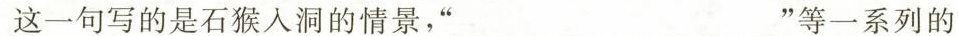
这一句写的是石猴入洞的情景，” ”等一系列的